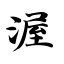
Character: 渥